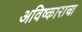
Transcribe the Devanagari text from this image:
अविष्काराचा